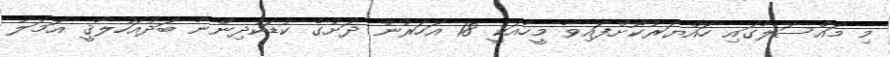
މި މައްސަލާގައި ހައްޔަރުކޮށްފައިވާ މީހާއަކީ 18 އަހަރުން ދަށުގެ ކުޑަކުދިންނާ ބަދުއަހުލާޤީ އަމަލު